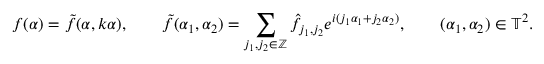
f ( \alpha ) = \tilde { f } ( \alpha , k \alpha ) , \qquad \tilde { f } ( \alpha _ { 1 } , \alpha _ { 2 } ) = \sum _ { j _ { 1 } , j _ { 2 } \in \mathbb { Z } } \hat { f } _ { j _ { 1 } , j _ { 2 } } e ^ { i ( j _ { 1 } \alpha _ { 1 } + j _ { 2 } \alpha _ { 2 } ) } , \qquad ( \alpha _ { 1 } , \alpha _ { 2 } ) \in \mathbb { T } ^ { 2 } .